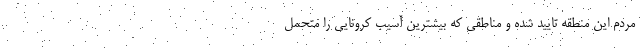
مردم این منطقه تایید شده و مناطقی که بیشترین آسیب کرونایی را متحمل